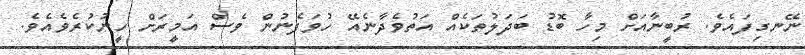
ނޭނގިފައެވެ. ރުބީނާއަށް މިހާ ބޮޑު ބަދަލުތަކެއް އަތުވެދާނެއޭ ހުވަފެނުން ވެސް އަމީރަށް ހީނުކުރެވެއެވެ.